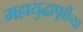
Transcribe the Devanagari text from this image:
महायुद्धापूर्वीच्या